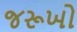
જરૂખો